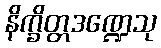
နိက္ခိတ္တဒဏ္ဍေသု